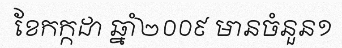
ខែកក្កដា ឆ្នាំ២០០៩ មានចំនួន១